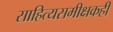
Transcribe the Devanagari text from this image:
साहित्यसमीक्षकही